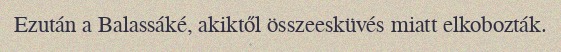
Ezután a Balassáké, akiktől összeesküvés miatt elkobozták.